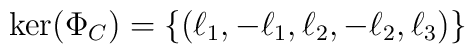
{\rm ker}(\Phi_C)=\left\{\left(\ell_1,-\ell_1,\ell_2,-\ell_2,\ell_3\right)\right\}